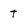
Character: t